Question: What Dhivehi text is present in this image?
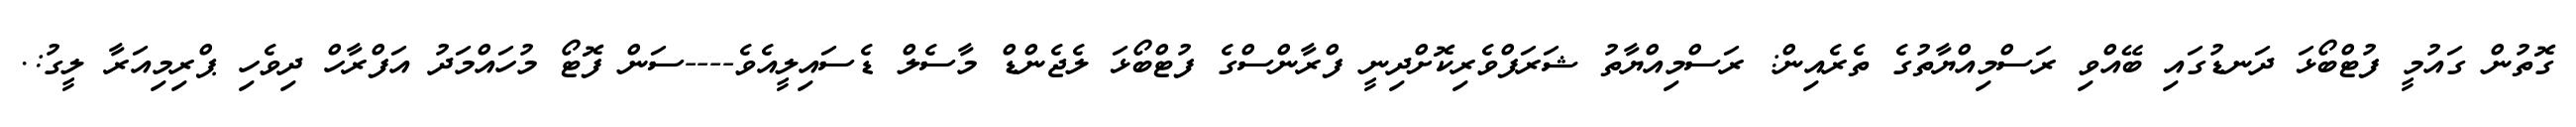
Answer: ގޮތުން ގައުމީ ފުޓްބޯޅަ ދަނޑުގައި ބޭއްވި ރަސްމިއްޔާތުގެ ތެރެއިން: ރަސްމިއްޔާތު ޝަރަފްވެރިކޮށްދިނީ ފްރާންސްގެ ފުޓްބޯޅަ ލެޖެންޑް މާސެލް ޑެސައިލީއެވެ----ސަން ފޮޓޯ މުހައްމަދު އަފްރާހް ދިވެހި ޕްރިމިއަރާ ލީގު:.